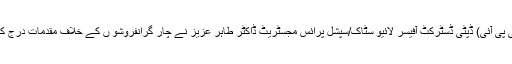
گجرات(جی پی آئی) ڈپٹی ڈسٹرکٹ آفیسر لائیو سٹاک/سپشل پرائس مجسٹریٹ ڈاکٹر طاہر عزیز نے چار گرانفروشو ں کے خلاف مقدمات درج کرادیے ہیں۔